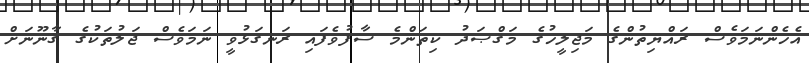
އެހެންނަމަވެސް ރައްޔިތުންގެ މަޖިލީހުގެ މަޤްޞަދު ކިތަންމެ ސާފުވެފައި ރަނގަޅުވީ ނަމަވެސް ޖަލުތަކުގެ ޤާނޫނަށް